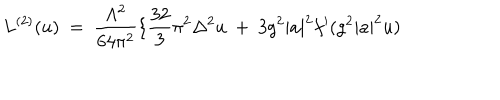
L ^ { ( 2 ) } ( u ) \ = \ \frac { \Lambda ^ { 2 } } { 6 4 \pi ^ { 2 } } \{ \frac { 3 2 } { 3 } \pi ^ { 2 } \Delta ^ { 2 } u \ + \ 3 g ^ { 2 } | a | ^ { 2 } f ^ { \prime } ( g ^ { 2 } | a | ^ { 2 } u )